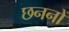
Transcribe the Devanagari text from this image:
छननों